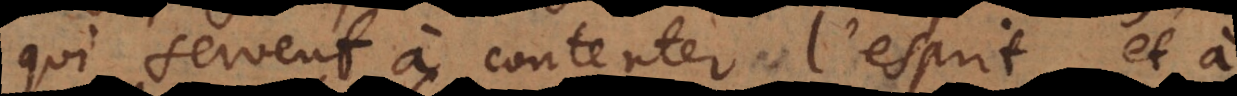
qui servent à contenter l’esprit, et à